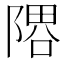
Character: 𨻞